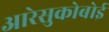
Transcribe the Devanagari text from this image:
आरेसुकोबोई